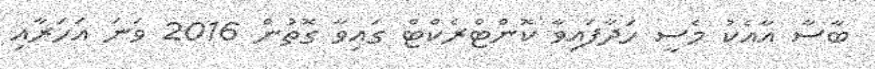
ބާސާ އާއެކު މެސީ ހަދާފައިވާ ކޮންޓްރެކްޓް ގައިވާ ގޮތުން 2016 ވަނަ އަހަރާއި